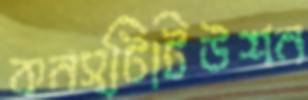
কনস্টিটিউশন